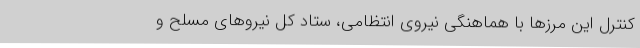
کنترل این مرزها با هماهنگی نیروی انتظامی، ستاد کل نیروهای مسلح و